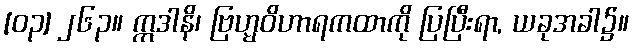
[၀၃] ၂၆၃။ ဣဒါနိ၊ ဗြဟ္မဝိဟာရကထာကို ပြပြီးရာ, ယခုအခါ၌။